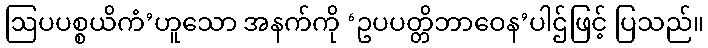
ဩပပစ္စယိကံ’ဟူသော အနက်ကို ‘ဥပပတ္တိဘာဝေန’ပါဌ်ဖြင့် ပြသည်။